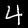
Digit: 4